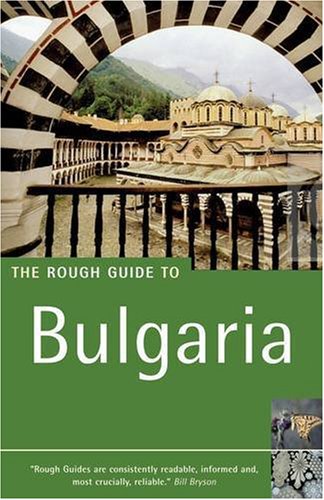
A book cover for The Rough Guide to Bulgaria 5 (Rough Guide Travel Guides); Jonathan Bousfield; Travel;